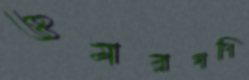
ওমরগণি